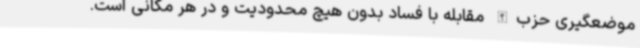
موضعگیری حزب‌الله مقابله با فساد بدون هیچ محدودیت و در هر مکانی است.